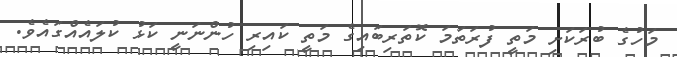
މަހުގެ ބުރަކަށި މަތީ ފުރަތަމަ ކޮތަރިބައިގެ މަތީ ކައިރި ހުންނަނީ ކަޅު ކުލައެއްގައެވެ.